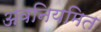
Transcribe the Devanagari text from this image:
अवनियमित